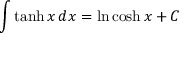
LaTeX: \int \operatorname { t a n h } x \, d x = \ln \cosh x + C